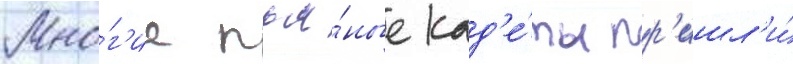
Мно́г'ие пья́ные кад'е́ты пр'ишл'и́